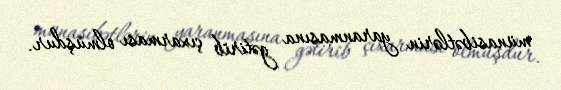
münasibətlərin yaranmasına gətirib çıxarması olmuşdur.